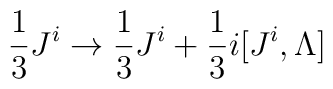
{1 \over 3} J^i \to {1 \over 3} J^i + {1 \over 3} i [J^i, \Lambda]